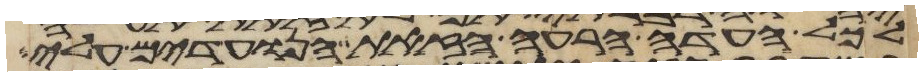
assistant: לכל העדה הרעה הזאת הנועדים עלי